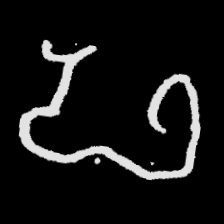
Pyu character \u2014 Myanmar letter: ဖ (romanized: pha)